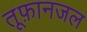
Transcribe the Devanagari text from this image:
तूफ़ानजल